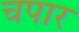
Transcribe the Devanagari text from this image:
चपार